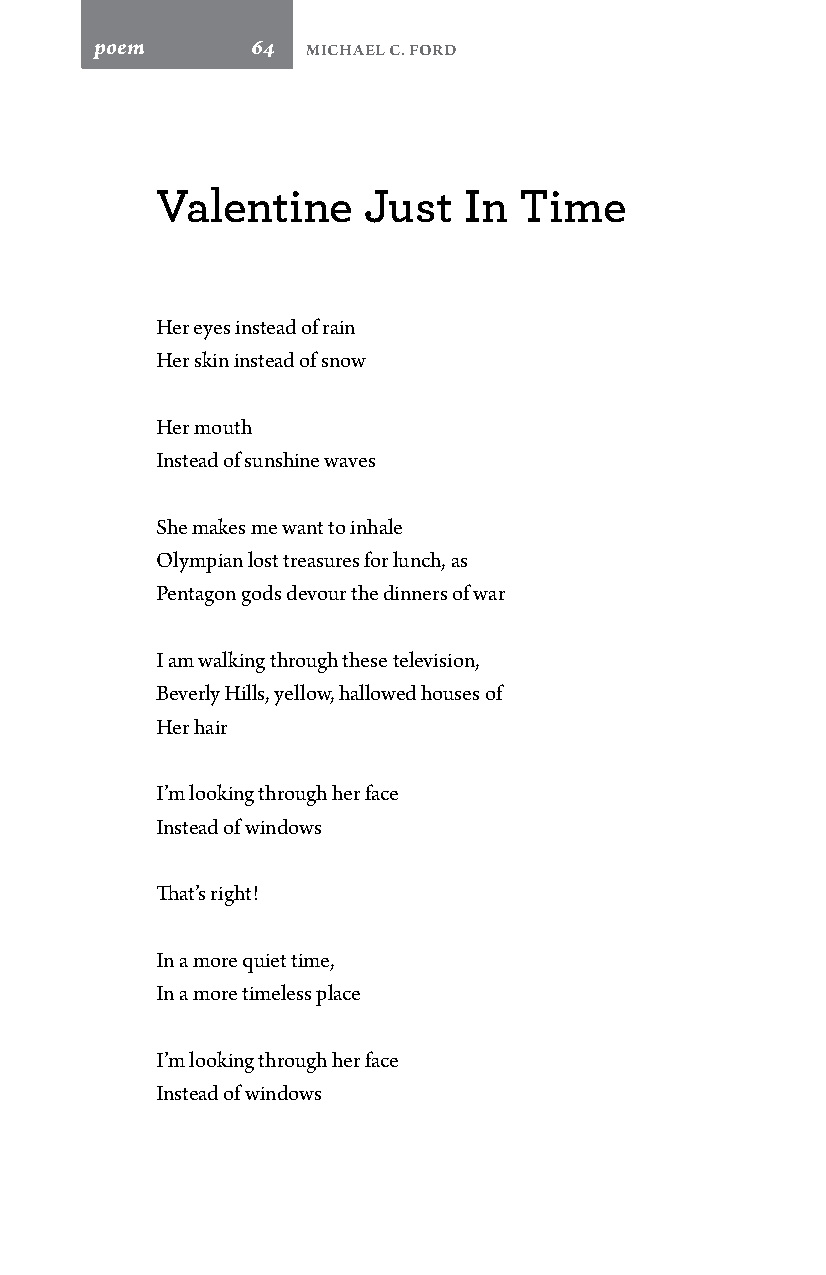
poem       64 Michael C. Ford
 Valentine     Just   In Time
 Her eyes instead of rain
 Her skin instead of snow
 Her mouth
 Instead of sunshine waves
 She makes me want to inhale
 Olympian lost treasures for lunch, as
 Pentagon gods devour the dinners of war
 I am walking through these television,
 Beverly Hills, yellow, hallowed houses of
 Her hair
 I’m looking through her face
 Instead of windows
 That’s right!
 In a more quiet time,
 In a more timeless place
 I’m looking through her face
 Instead of windows